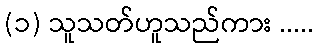
(၁) သူသတ်ဟူသည်ကား .....